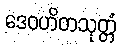
ဒေဝဟိတသုတ္တံ